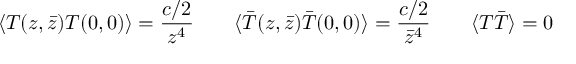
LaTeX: \langle T ( z , \bar { z } ) T ( 0 , 0 ) \rangle = \frac { c / 2 } { z ^ { 4 } } \qquad \langle \bar { T } ( z , \bar { z } ) \bar { T } ( 0 , 0 ) \rangle = \frac { c / 2 } { \bar { z } ^ { 4 } } \qquad \langle T \bar { T } \rangle = 0